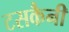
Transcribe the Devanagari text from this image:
टसकैनी